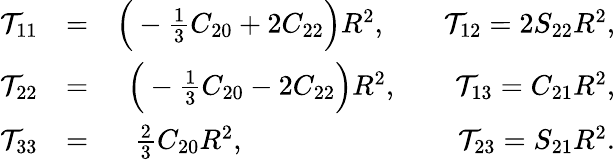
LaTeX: \begin{array}{rlr}{{\cal T}_{11}}&{=}&{\Big(-{\textstyle\frac{1}{3}}C_{20}+2C_{22}\Big)R^{2},\qquad{\cal T}_{12}=2S_{22}R^{2},}\\ {{\cal T}_{22}}&{=}&{\Big(-{\textstyle\frac{1}{3}}C_{20}-2C_{22}\Big)R^{2},\qquad{\cal T}_{13}=C_{21}R^{2},}\\ {{\cal T}_{33}}&{=}&{{\textstyle\frac{2}{3}}C_{20}R^{2},\qquad\qquad\qquad\quad~~{\cal T}_{23}=S_{21}R^{2}.}\end{array}